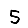
Digit: 5